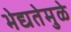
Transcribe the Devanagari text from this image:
भेद्यतेमुळे